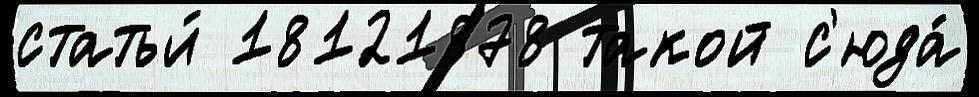
статьи́ 18121878 такой с'юда́